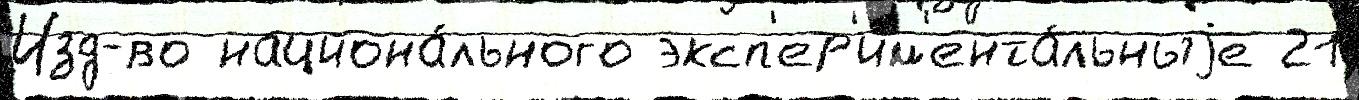
Изд-во национа́льного эксп'ер'им'ента́льныjе 21